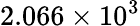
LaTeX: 2.066\times 10^{3}